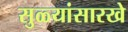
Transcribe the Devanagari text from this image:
सुळ्यांसारखे